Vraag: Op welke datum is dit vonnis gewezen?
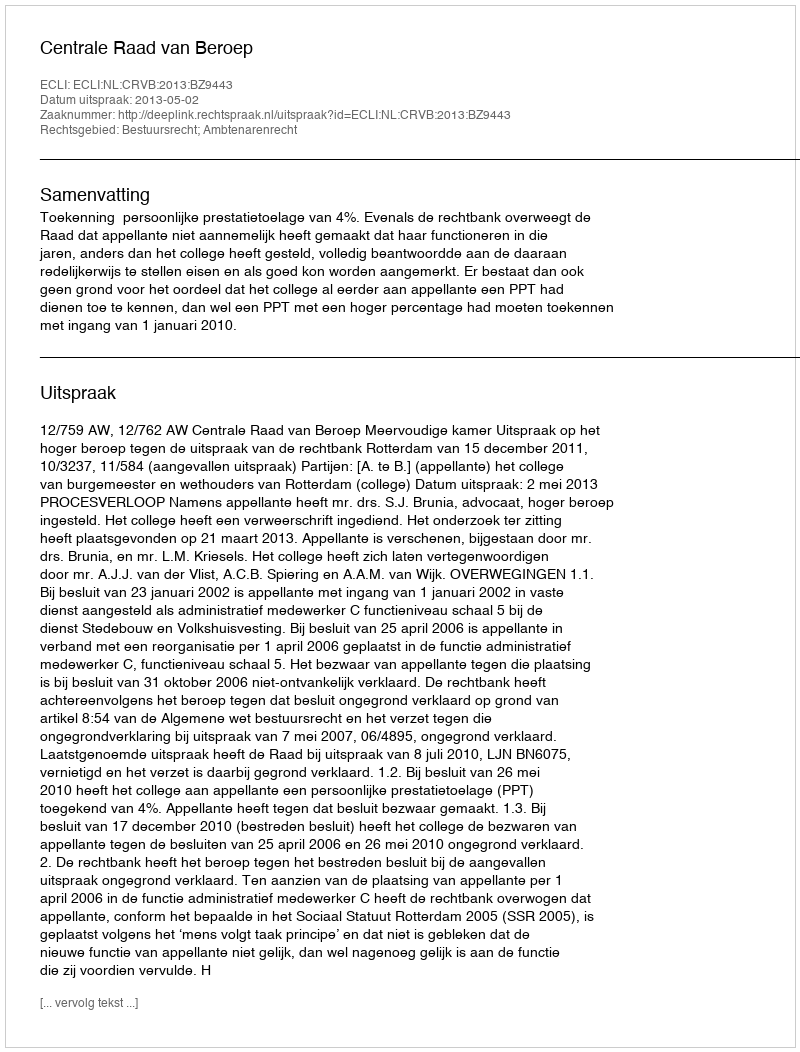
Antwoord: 2013-05-02